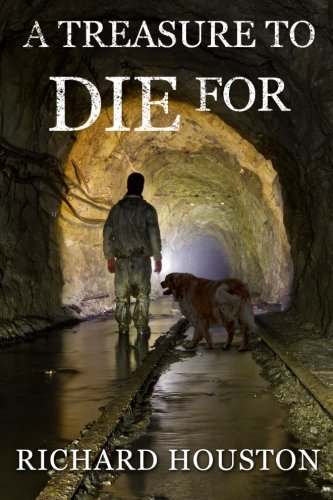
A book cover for A Treasure to Die For (Books to Die For) (Volume 3); Mr Richard W Houston; Mystery, Thriller & Suspense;